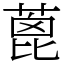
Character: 蓖